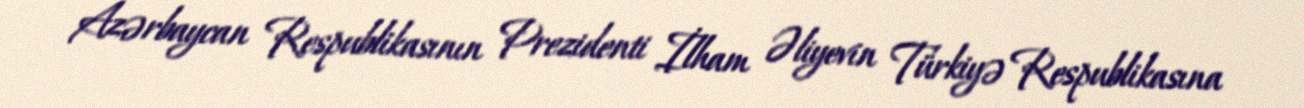
Azərbaycan Respublikasının Prezidenti İlham Əliyevin Türkiyə Respublikasına